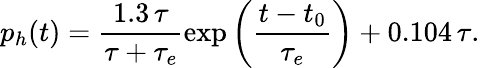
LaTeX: p_{h}(t)=\frac{1.3\, \tau}{\tau+\tau_{e}}\exp\left(\frac{t-t_{0}}{\tau_{e}}\right)+0.104\, \tau.